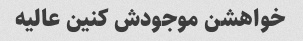
خواهشن موجودش کنین عالیه